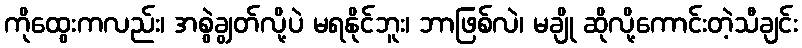
ကိုထွေးကလည်း၊ အစွဲချွတ်လို့ပဲ မရနိုင်ဘူး၊ ဘာဖြစ်လဲ၊ မချို ဆိုလို့ကောင်းတဲ့သီချင်း